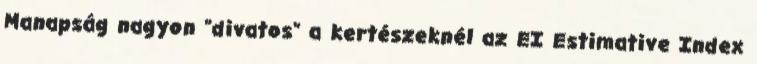
Manapság nagyon "divatos" a kertészeknél az EI Estimative Index